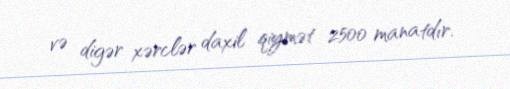
və digər xərclər daxil qiymət 2500 manatdır.